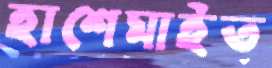
হাশেমাইত